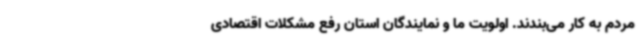
مردم به کار می‌بندند. اولویت ما و نمایندگان استان رفع مشکلات اقتصادی